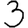
Digit: 3